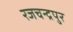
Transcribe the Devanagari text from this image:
रजचन्द्रपुर